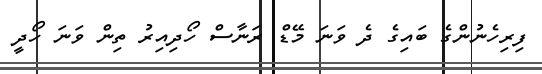
ފިރިހެނުންގެ ބައިގެ ދެ ވަނަ މޭޑް ރަނާސް ހޯދިއިރު ތިން ވަނަ ހޯދީ